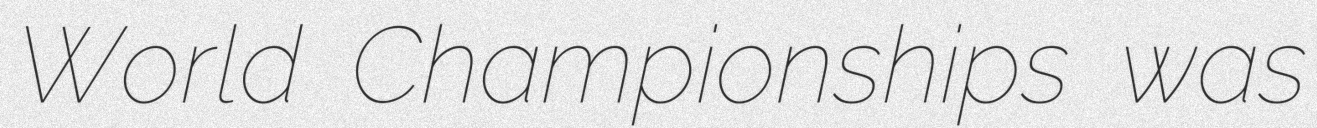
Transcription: World Championships was